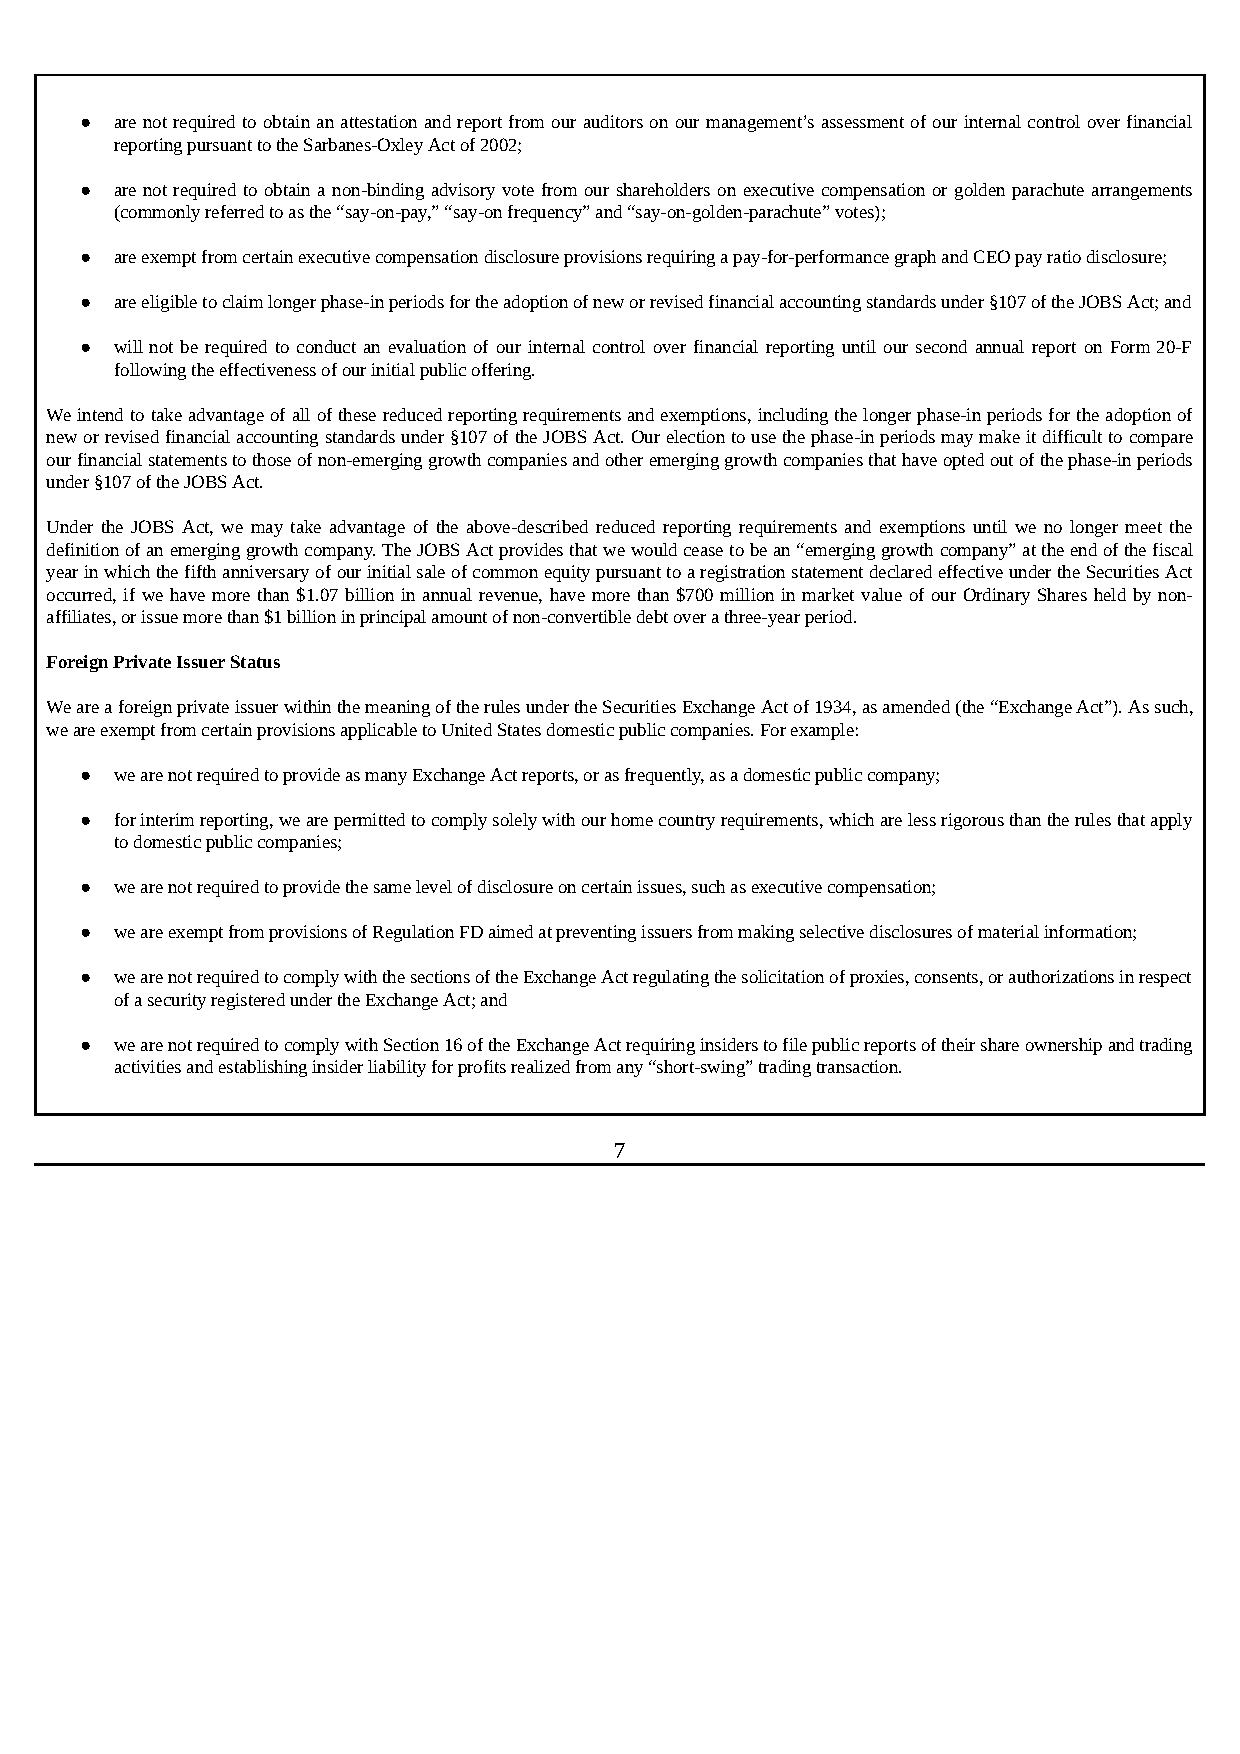
●  are not required to obtain an attestation and report from our auditors on our management’s assessment of our internal control over financial
 reporting pursuant to the Sarbanes-Oxley Act of 2002;
 ●  are not required to obtain a non-binding advisory vote from our shareholders on executive compensation or golden parachute arrangements
 (commonly referred to as the “say-on-pay,” “say-on frequency” and “say-on-golden-parachute” votes);
 ●  are exempt from certain executive compensation disclosure provisions requiring a pay-for-performance graph and CEO pay ratio disclosure;
 ●  are eligible to claim longer phase-in periods for the adoption of new or revised financial accounting standards under §107 of the JOBS Act; and
 ●  will not be required to conduct an evaluation of our internal control over financial reporting until our second annual report on Form 20-F
 following the effectiveness of our initial public offering.
 We intend to take advantage of all of these reduced reporting requirements and exemptions, including the longer phase-in periods for the adoption of
 new or revised financial accounting standards under §107 of the JOBS Act. Our election to use the phase-in periods may make it difficult to compare
 our financial statements to those of non-emerging growth companies and other emerging growth companies that have opted out of the phase-in periods
 under §107 of the JOBS Act.
 Under the JOBS Act, we may take advantage of the above-described reduced reporting requirements and exemptions until we no longer meet the
 definition of an emerging growth company. The JOBS Act provides that we would cease to be an “emerging growth company” at the end of the fiscal
 year in which the fifth anniversary of our initial sale of common equity pursuant to a registration statement declared effective under the Securities Act
 occurred, if we have more than $1.07 billion in annual revenue, have more than $700 million in market value of our Ordinary Shares held by non-
 affiliates, or issue more than $1 billion in principal amount of non-convertible debt over a three-year period.
 Foreign Private Issuer Status
 We are a foreign private issuer within the meaning of the rules under the Securities Exchange Act of 1934, as amended (the “Exchange Act”). As such,
 we are exempt from certain provisions applicable to United States domestic public companies. For example:
 ●  we are not required to provide as many Exchange Act reports, or as frequently, as a domestic public company;
 ●  for interim reporting, we are permitted to comply solely with our home country requirements, which are less rigorous than the rules that apply
 to domestic public companies;
 ●  we are not required to provide the same level of disclosure on certain issues, such as executive compensation;
 ●  we are exempt from provisions of Regulation FD aimed at preventing issuers from making selective disclosures of material information;
 ●  we are not required to comply with the sections of the Exchange Act regulating the solicitation of proxies, consents, or authorizations in respect
 of a security registered under the Exchange Act; and
 ●  we are not required to comply with Section 16 of the Exchange Act requiring insiders to file public reports of their share ownership and trading
 activities and establishing insider liability for profits realized from any “short-swing” trading transaction.
 7